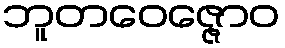
ဘူတဝေဇ္ဇောဝ